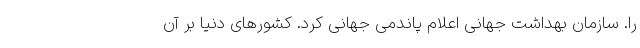
را. سازمان بهداشت جهانی اعلام پاندمی جهانی کرد. کشورهای دنیا بر آن